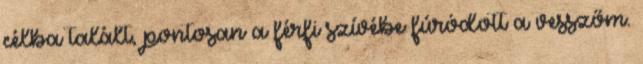
célba talált, pontosan a férfi szívébe fúródott a vesszőm.